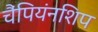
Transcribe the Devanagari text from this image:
चैंपियंनशिप